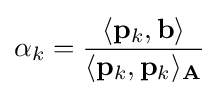
\alpha _{k}={\frac {\langle \mathbf {p} _{k},\mathbf {b} \rangle }{\langle \mathbf {p} _{k},\mathbf {p} _{k}\rangle _{\mathbf {A} }}}